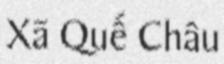
Xã Quế Châu